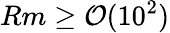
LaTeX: Rm\geq\mathcal{O}(10^{2})